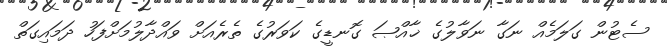
ސެޓުން ގަލަމެއް ނަގާ ނަވާލުގެ ޚާއްޞަ ގޮނޑީގެ ކަވަރުގެ ތެރެއަށް ވައްދާލުމަށްފަހު ދަމައިގަތް